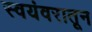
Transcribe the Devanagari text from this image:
स्वयंवरातून